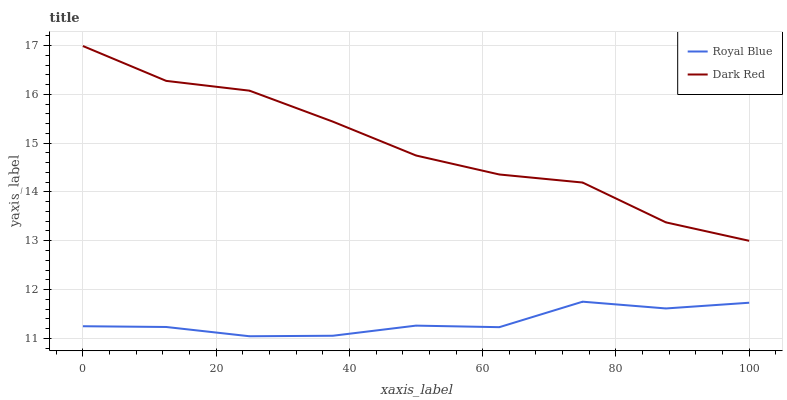
| xaxis_label | Royal Blue | Dark Red |
 | --- | --- | --- |
 | 0 | 11.2 | 17 |
 | 12.5 | 11.2 | 16.3 |
 | 25 | 11 | 16.1 |
 | 37.5 | 11.1 | 15.4 |
 | 50 | 11.3 | 14.7 |
 | 62.5 | 11.2 | 14.4 |
 | 75 | 11.8 | 14.2 |
 | 87.5 | 11.6 | 13.4 |
 | 100 | 11.7 | 13 |